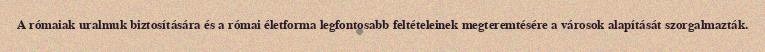
A rómaiak uralmuk biztosítására és a római életforma legfontosabb feltételeinek megteremtésére a városok alapítását szorgalmazták.